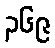
၃၆၉